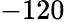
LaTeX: -120